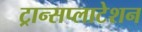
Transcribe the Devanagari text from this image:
ट्रान्सप्लाटेशन